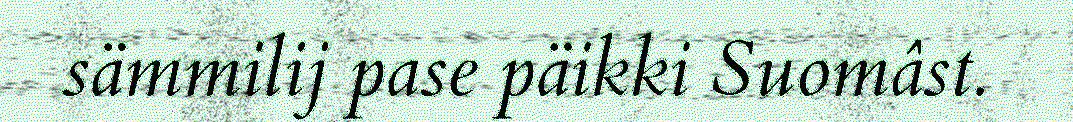
sämmilij pase päikki Suomâst.